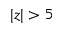
| z | > 5